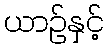
ယာဉ်နှင့်